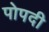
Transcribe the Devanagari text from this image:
पोपदी